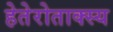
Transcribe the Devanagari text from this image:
हेतेरोताक्स्य